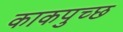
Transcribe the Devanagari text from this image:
काकपुच्छ